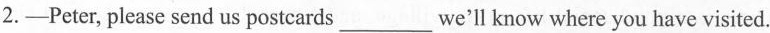
2.—Peter, please send us postcards___we'll know where you have visited.